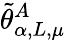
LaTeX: \tilde{\theta}_{\alpha,L,\mu}^{A}